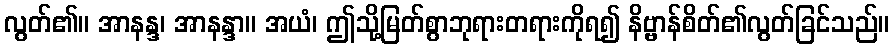
လွတ်၏။ အာနန္ဒ၊ အာနန္ဒာ။ အယံ၊ ဤသို့မြတ်စွာဘုရားတရားကိုရ၍ နိဗ္ဗာန်စိတ်၏လွတ်ခြင်သည်။